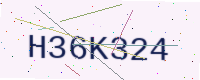
Text: H36K324